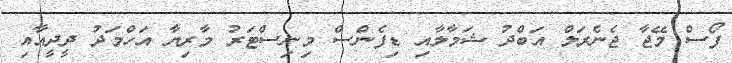
ފޯސް މޭޖާ ޖެނެރަލް އަބްދު ޝަމާލާއި ޑިފެންސް މިނިސްޓަރު މާރިޔާ އަހްމަދު ދީދީއާއި